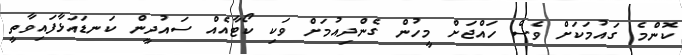
ކޮންމެ ގައުމަކަށް ވެސް ހައްޖަށް މީހުން ގެންދިއުމަށް ވަކި ކޯޓާއެއް ސައުދީން ކަނޑައަޅާފައިވާތީ